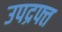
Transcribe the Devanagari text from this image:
उपद्रफ्त